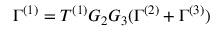
\Gamma ^ { ( 1 ) } = T ^ { ( 1 ) } G _ { 2 } G _ { 3 } ( \Gamma ^ { ( 2 ) } + \Gamma ^ { ( 3 ) } )